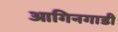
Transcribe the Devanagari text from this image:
आगिनगाडी